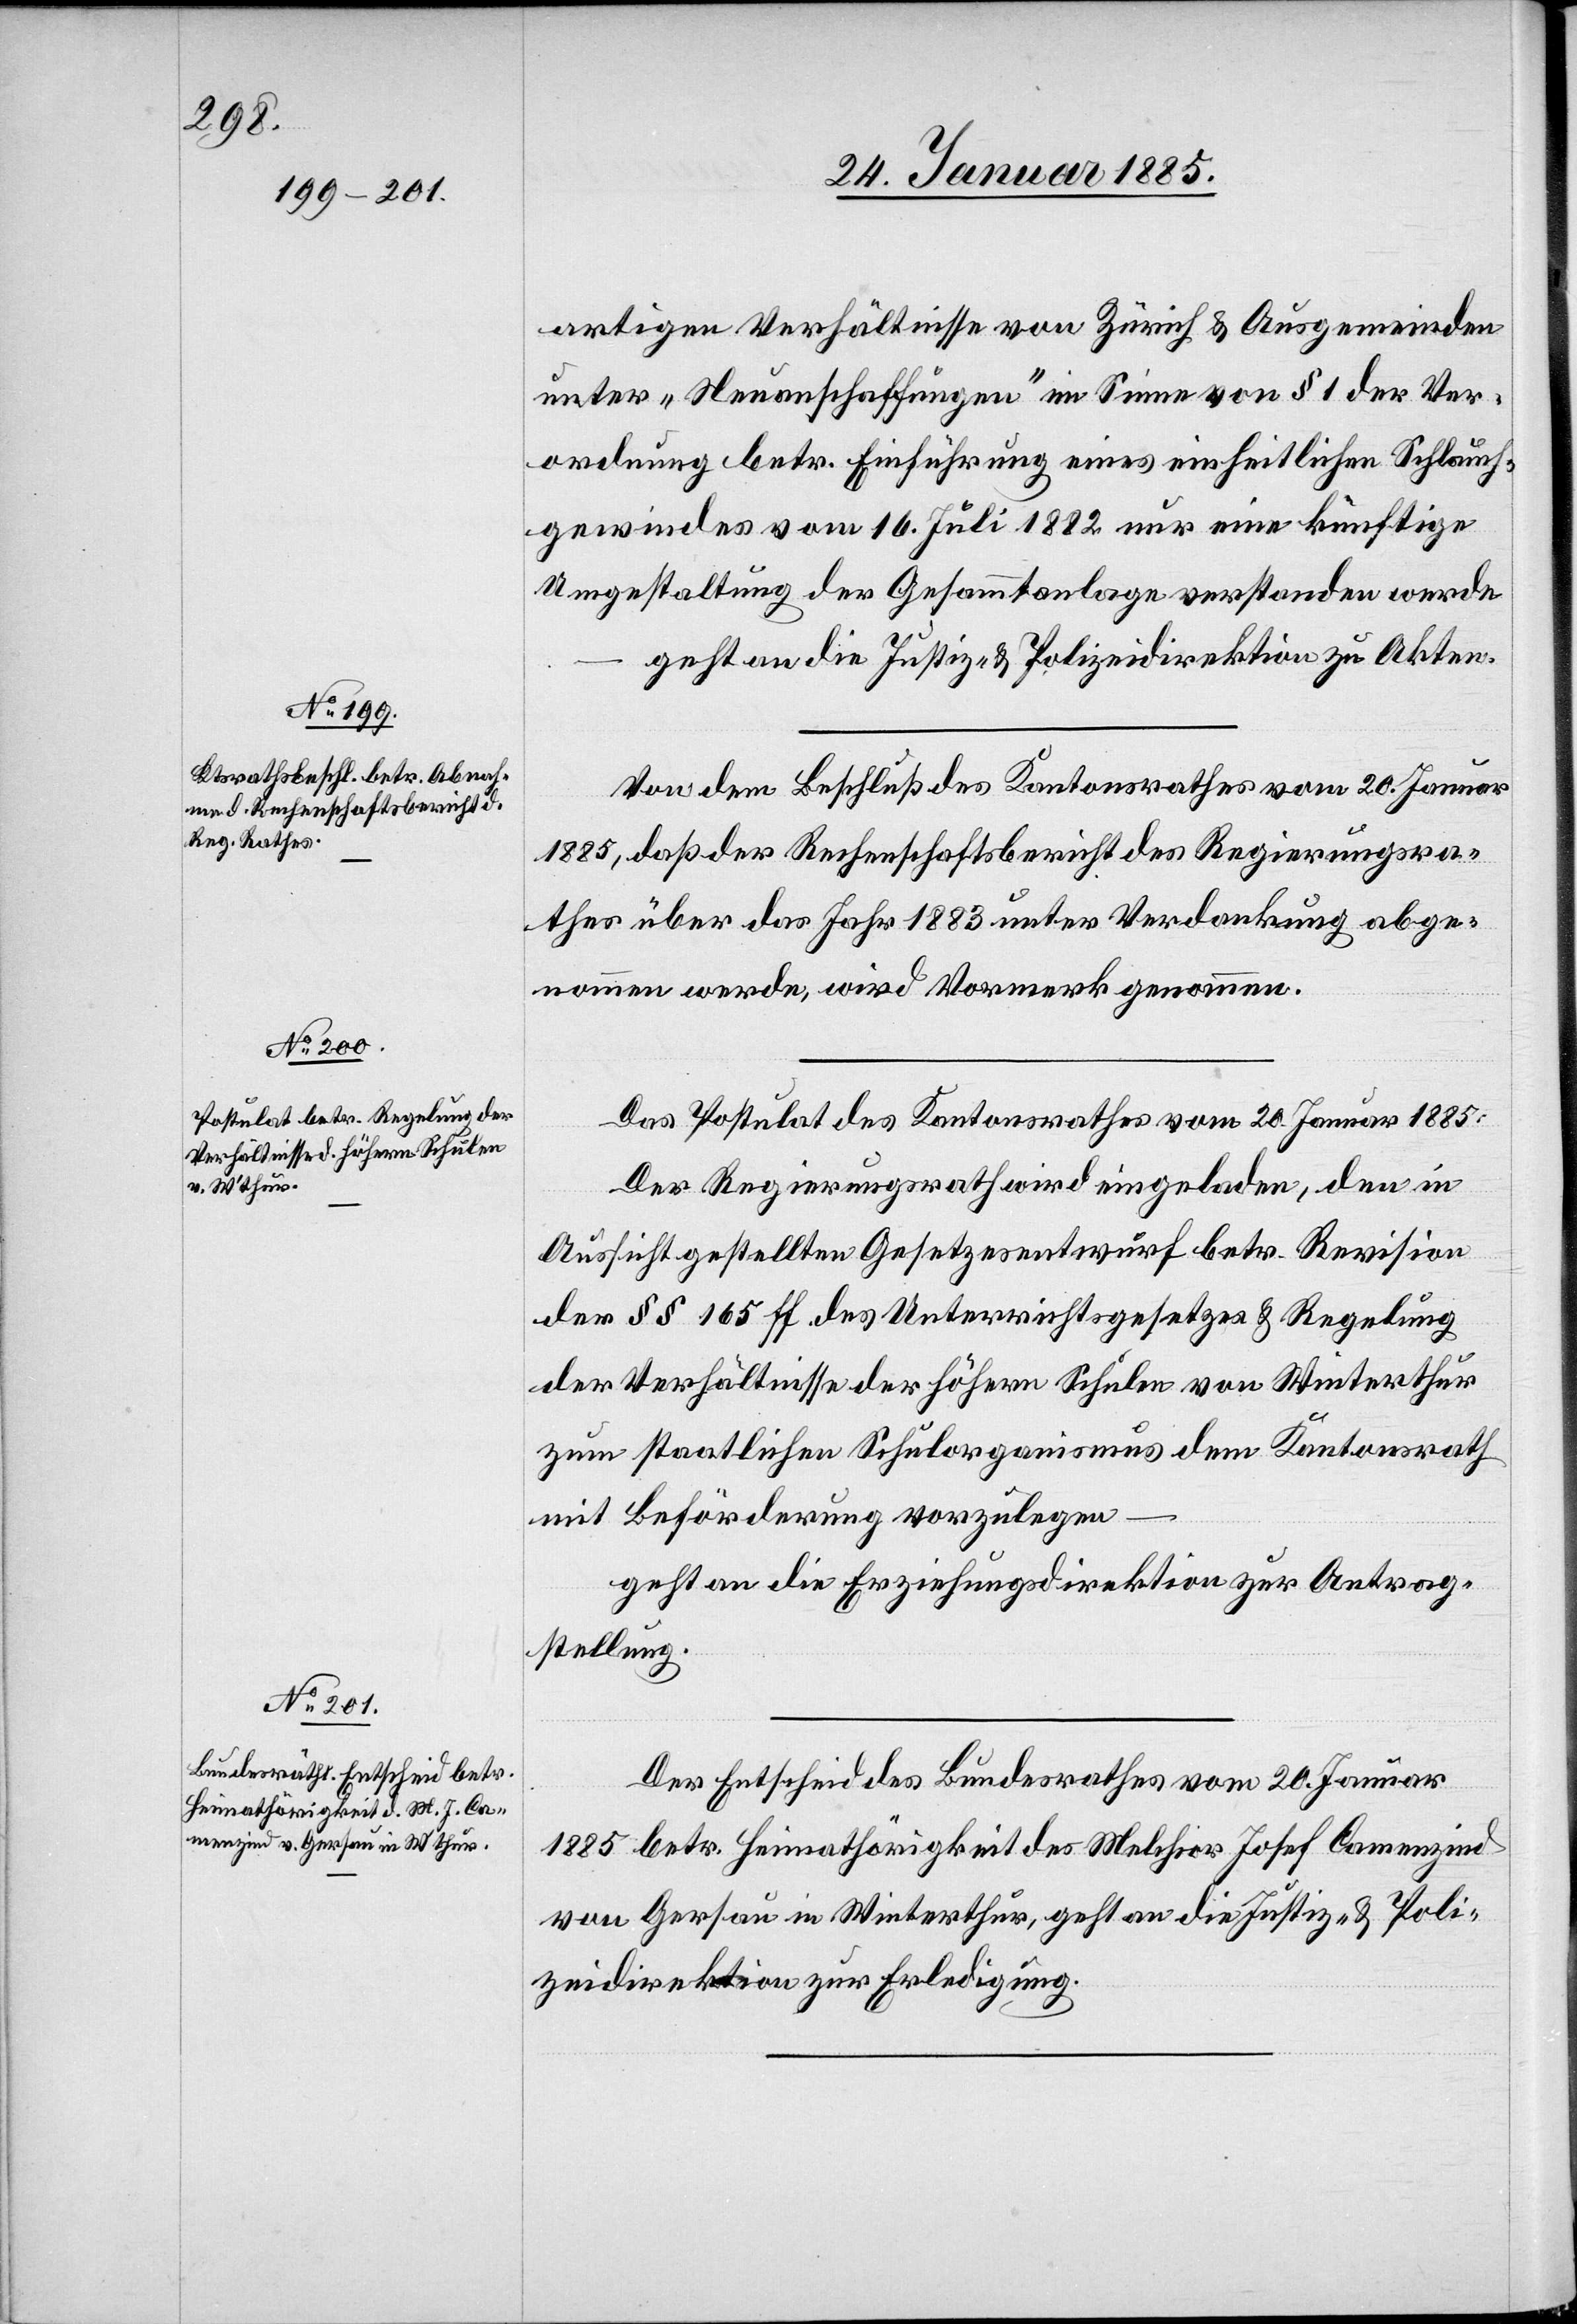
artigen Verhältnisse von Zürich & Ausgemeinden
unter „Neuanschaffungen“ im Sinne von § 1 der Ver¬
ordnung betr. Einführung eines einheitlichen Schlauch¬
gewindes vom 16. Juli 1882 nur eine künftige
Umgestaltung der Gesammtanlage verstanden werde
geht an die Justiz- & Polizeidirektion zu Akten.
Von dem Beschluß des Kantonsrathes vom 20. Januar
1885, daß der Rechenschaftsbericht des Regierungsra¬
thes über das Jahr 1883 unter Verdankung abge¬
nommen werde, wird Vormerk genommen.
Das Postulat des Kantonsrathes vom 20. Januar 1885:
Der Regierungsrath wird eingeladen, den in
Aussicht gestellten Gesetzesentwurf betr. Revision
der §§ 165 ff des Unterrichtsgesetzes & Regelung
der Verhältnisse der höhern Schulen von Winterthur
zum staatlichen Schulorganismus dem Kantonsrath
mit Beförderung vorzulegen
geht an die Erziehungsdirektion zur Antrag¬
stellung.
Der Entscheid es Bundesrathes vom 20. Januar
1885 betr. Heimathörigkeit des Melchior Josef Camenzind
von Gersau in Winterthur, geht an die Justiz- & Poli¬
zeidirektion zur Erledigung.